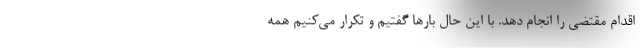
اقدام مقتضی را انجام دهد. با این حال بارها گفتیم و تکرار می‌کنیم همه